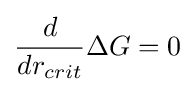
{\frac {d}{dr_{crit}}}\Delta G=0